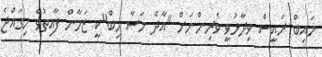
ނައިބް ރައީސް ވިދާޅުވީ ވެރިންނަށް "އާދެ މަސާ ހިބް"ކީ ޒަމާން ފާއިތުވެ ހިގައްޖެ